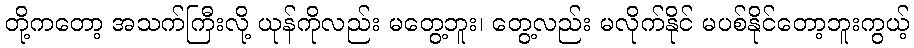
တို့ကတော့ အသက်ကြီးလို့ ယုန်ကိုလည်း မတွေ့ဘူး၊ တွေ့လည်း မလိုက်နိုင် မပစ်နိုင်တော့ဘူးကွယ့်